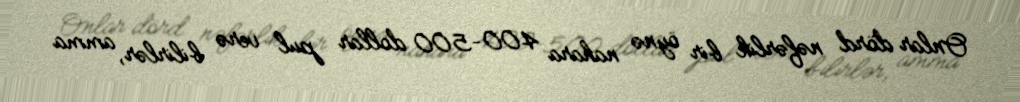
Onlar dörd nəfərlik bir öynə nahara 400-500 dollar pul verə bilirlər, amma